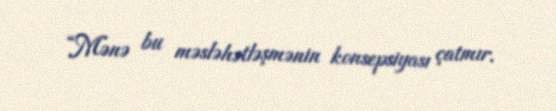
“Mənə bu məsləhətləşmənin konsepsiyası çatmır.